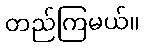
တည်ကြမယ်။